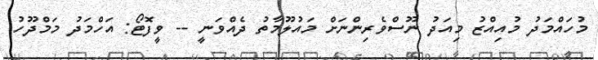
މުހައްމަދު މުއިއްޒު މިއަދު ނޫސްވެރިންނަށް މައުލޫމާތު ދެއްވަނީ -- ވީފޮޓޯ: އަހްމަދު މަމްދޫހު